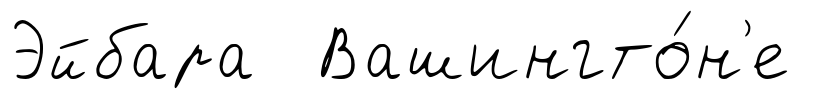
Эйбара Вашингто́н'е